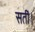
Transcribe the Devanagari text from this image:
सतीं।